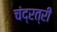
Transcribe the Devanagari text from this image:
चंद्रत्री